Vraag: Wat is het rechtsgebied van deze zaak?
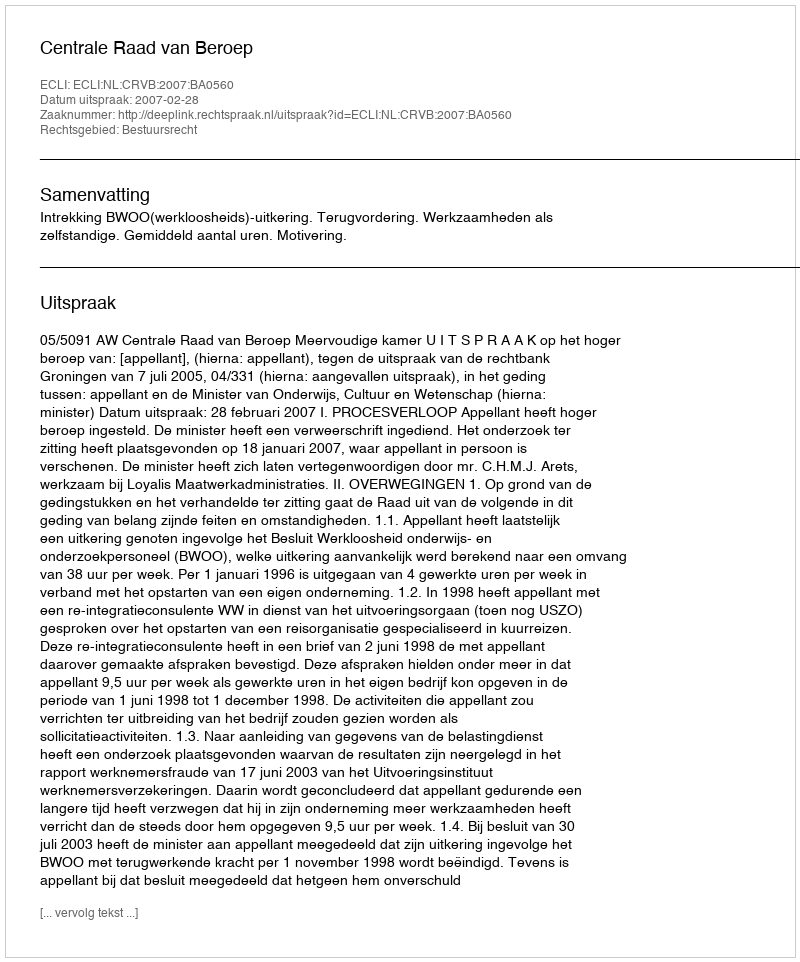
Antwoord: Bestuursrecht